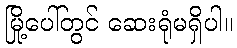
မြို့ပေါ်တွင် ဆေးရုံမရှိပါ။